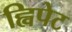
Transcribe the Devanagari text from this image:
ह्विपेट